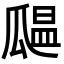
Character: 𤬒